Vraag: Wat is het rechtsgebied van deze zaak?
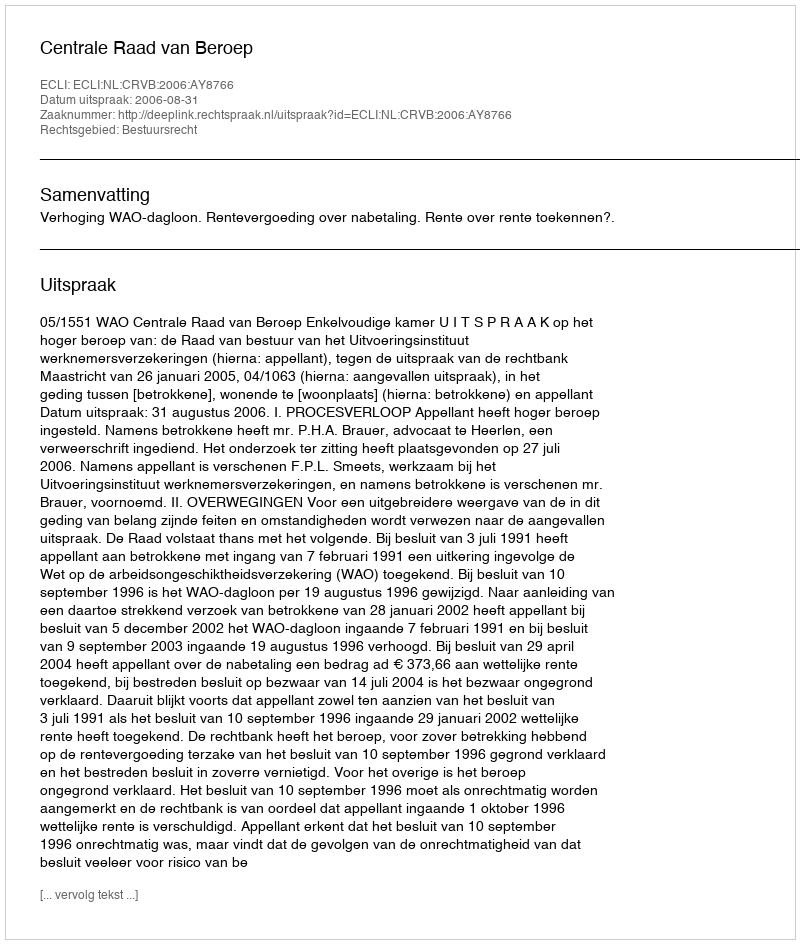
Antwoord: Bestuursrecht